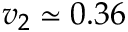
v _ { 2 } \simeq 0 . 3 6